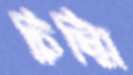
চিম্মি